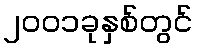
၂၀၀၁ခုနှစ်တွင်